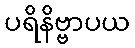
ပရိနိဗ္ဗာပယ